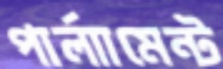
পার্লাামেন্ট